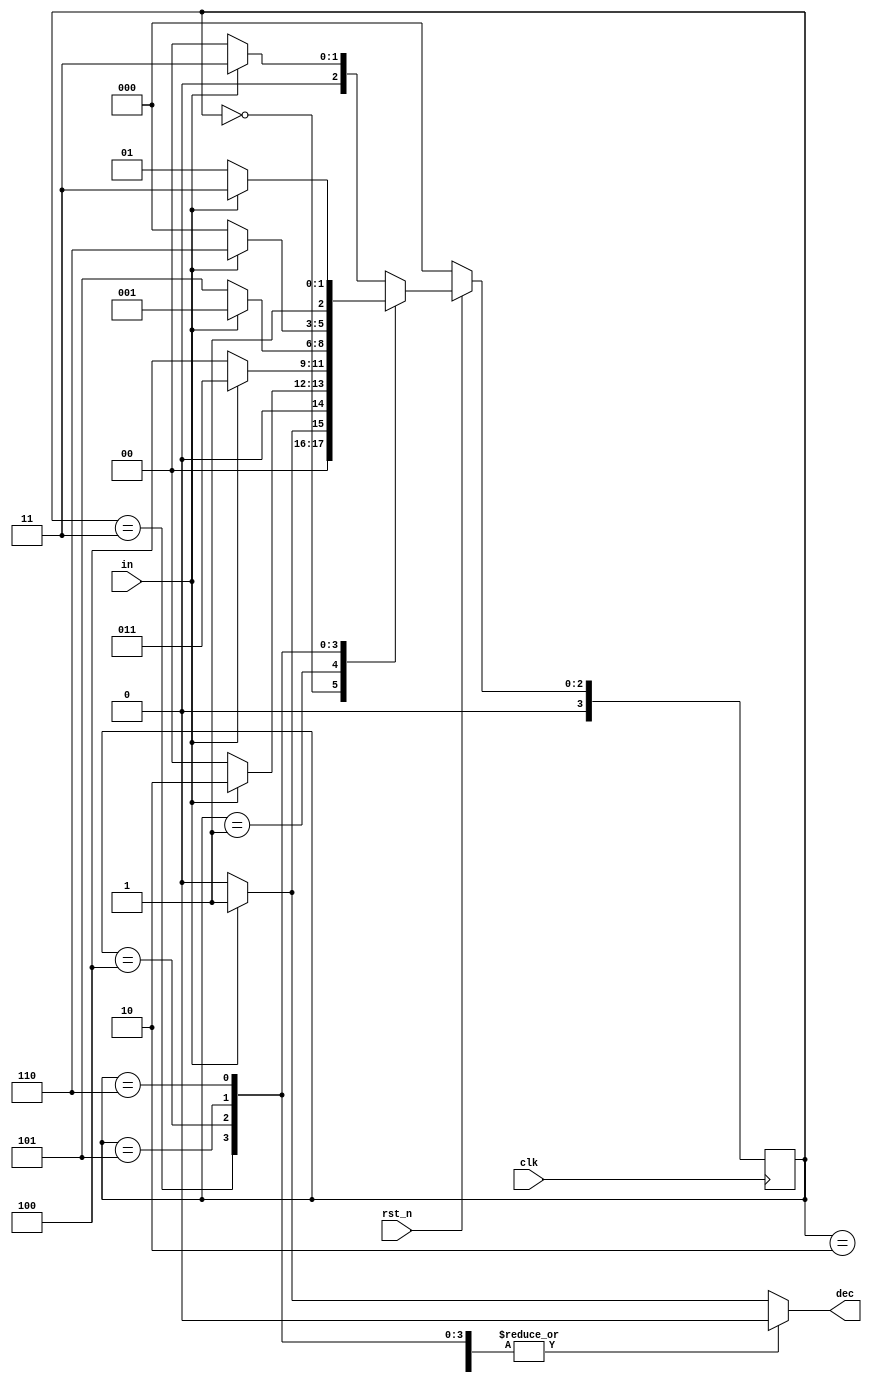
`timescale 1ns/1ps

module Sliding_Window_Sequence_Detector (clk, rst_n, in, dec);
input clk, rst_n;
input in;
output dec;
// output [3:0]st;
// output [3:0]nxt_st;
reg [3:0]st;
reg [3:0]nxt_st;
reg dec;
parameter S0 = 4'd0;
parameter S1 = 4'd1;
parameter S2 = 4'd2;
parameter S3 = 4'd3;
parameter S4 = 4'd4;
parameter S5 = 4'd5;
parameter S6 = 4'd6;
parameter S7 = 4'd7;
always@(posedge clk)begin
    if(!rst_n) st <= S0;
    else st <= nxt_st;
end
always@(*)begin
    case(st)
    S0:begin
        if(in == 1'b1) nxt_st = S1;
        else nxt_st = S0;
        dec = 1'b0;
    end
    S1:begin
        if(in == 1'b1) nxt_st = S2;
        else nxt_st = S0;
        dec = 1'b0;
    end
    S2:begin
        if(in == 1'b1) nxt_st = S3;
        else nxt_st = S0;
        dec = 1'b0;
    end
    S3:begin
        if(in == 1'b1) nxt_st = S3;
        else nxt_st = S4;
        dec = 1'b0;
    end
    S4:begin
        if(in == 1'b1) nxt_st = S1;
        else nxt_st = S5;
        dec = 1'b0;
    end
    S5:begin
        if(in == 1'b1) nxt_st = S6;
        else nxt_st = S0;
        dec = 1'b0;
    end
    S6:begin
        if(in == 1'b1) nxt_st = S7; 
        else nxt_st = S5;
        dec = 1'b0;
    end
    default:begin
        if(in == 1'b1)begin
            nxt_st = S3;  
            dec = 1'b1;                      
        end
        else begin
            nxt_st = S0;
            dec = 1'b0;
        end
    end
    endcase
end
endmodule